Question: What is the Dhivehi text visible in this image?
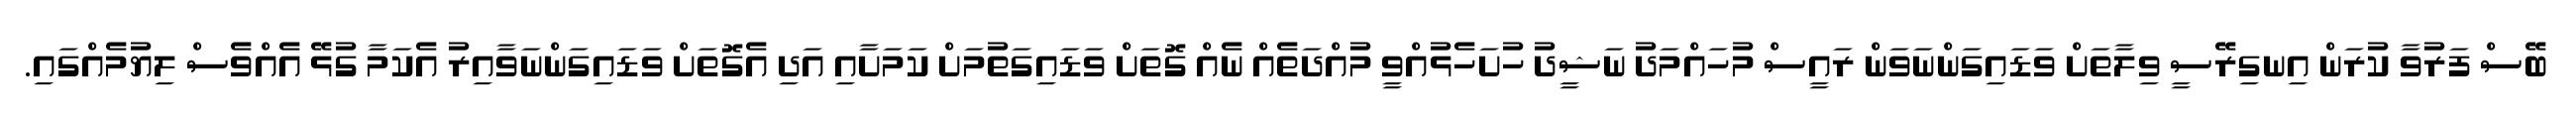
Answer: ބޭސް ފަރުވާ ކުރަން އިނގިރޭސީ ވިލާތަށް ވަޑައިގަންނަވަން ރައީސް މުހައްމަދު ނަޝީދު ހުށަހެޅުއްވީ މުއްދަތެއް ނެއް ގޮތަށް ވަޑައިގަތުމަށް ކަމަށާއި އަދި އެގޮތަށް ވަޑައިގަންނަވާއިރު އެކަމާ ގުޅޭ އެއްވެސް ލިޔުމެއްގައި.